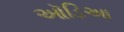
ઑડિઆ